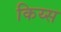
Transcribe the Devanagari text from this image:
किय्स